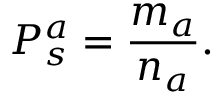
P _ { s } ^ { a } = \frac { m _ { a } } { n _ { a } } .